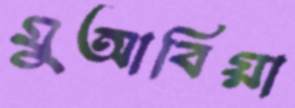
মুআবিয়া